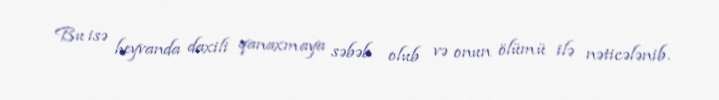
Bu isə heyvanda daxili qanaxmaya səbəb olub və onun ölümü ilə nəticələnib.